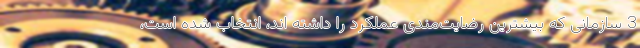
3 سازمانی که بیشترین رضایت‌مندی عملکرد را داشته اند، انتخاب شده است،